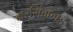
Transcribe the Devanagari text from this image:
नरसिंगगड